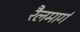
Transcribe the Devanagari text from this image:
रैलमार्ग